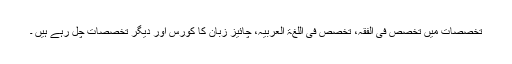
تخصصات میں تخصص فی الفقہ، تخصص فی اللغۃ العربیہ، چائیز زبان کا کورس اور دیگر تخصصات چل رہے ہیں ۔